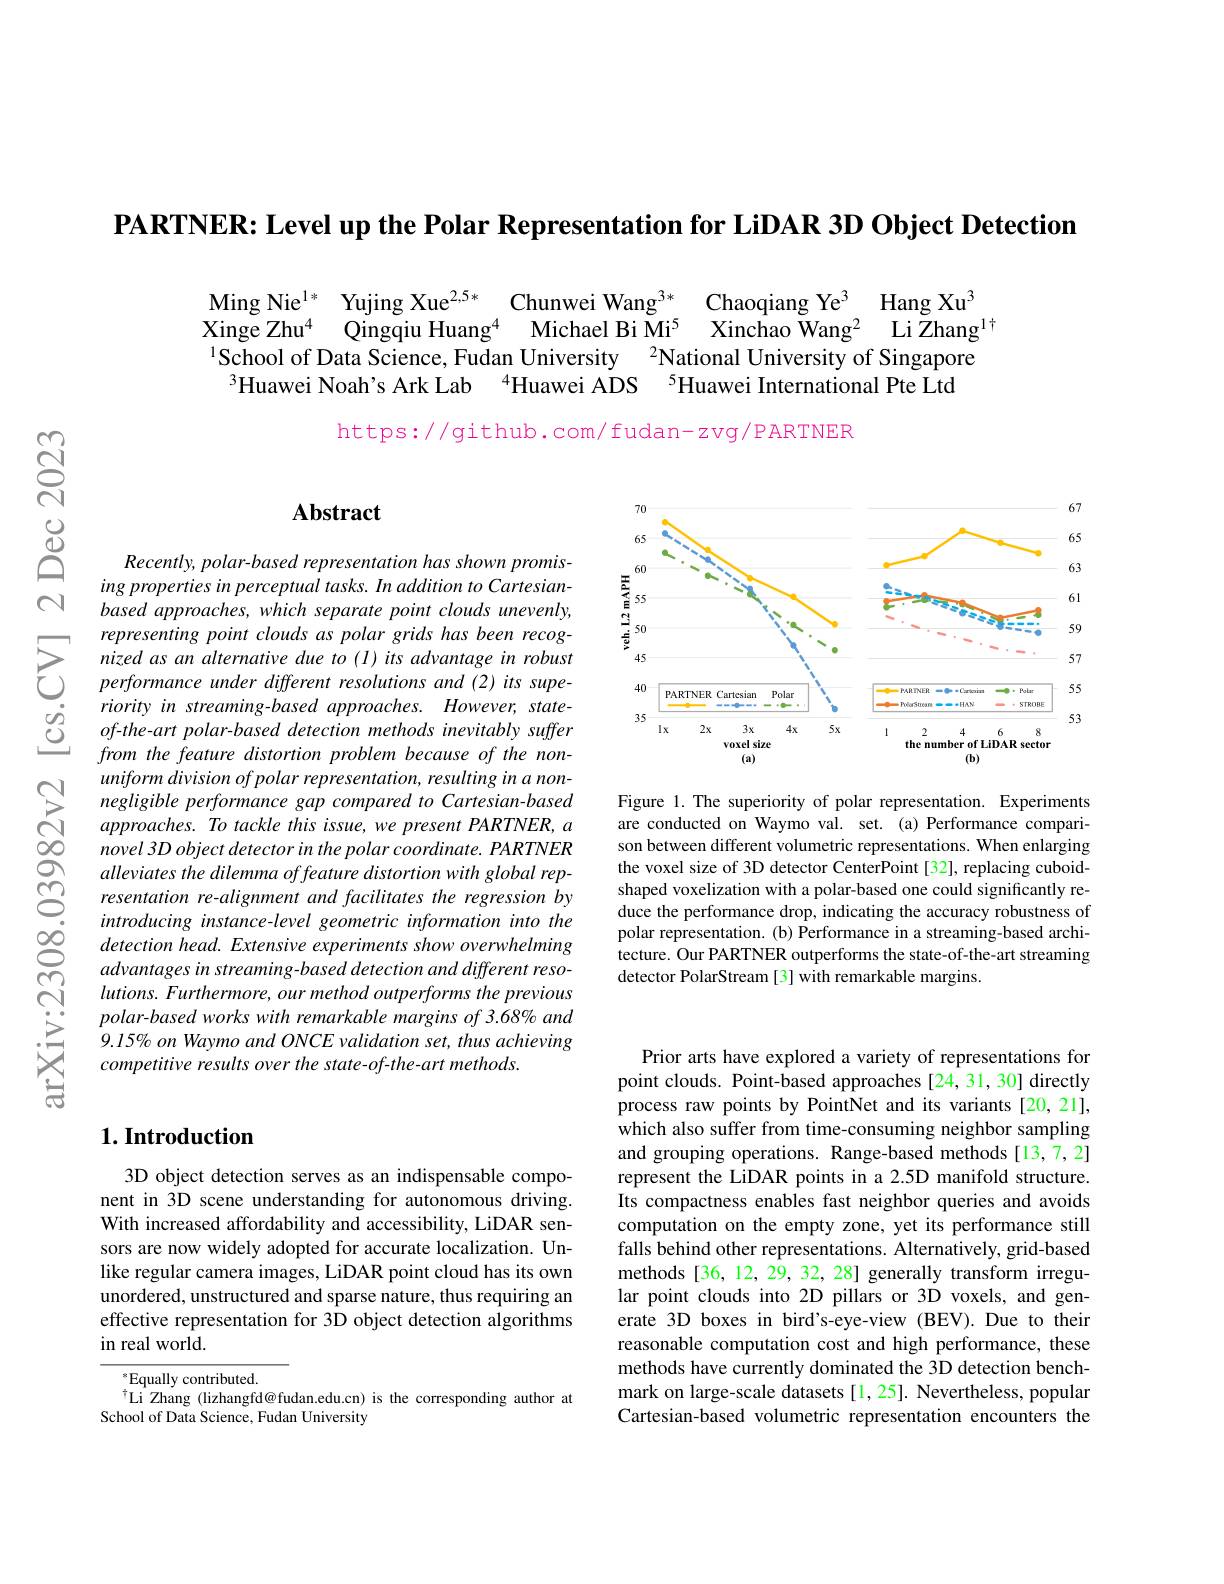
PARTNER: Level up the Polar Representation for LiDAR 3D Object Detection

Ming Nie$^{1*}$ Yujing Xue$^{2.5*}$ Chunwei Wang$^{3*}$ Chaoqiang Ye$^{3}$ Hang Xu$^{3}$Kinge Zhu$^{4}$ Qingqiu Huang$^{4}$ Michael Bi Mi$^{5}$ Xinchao Wang$^{2}$ Li Zhang$^{1\dagger}^{1}$School of Data Science, Fudan University $^{2}$National University o

https://qithub.com/fudan-zvq/PARTNER

### $\mathbf{Abstract}$

Recently, polar- based representation has shown promising properties in perceptual tasks. In addition to Cartesianbased approaches, which separate point clouds unevenly,
$\sum_{\begin{array}{cc}&\text{representing point clouds as polar grids has been recog-}\\&\text{nized as an alternative due to (I) its advantage in robust}\\&\text{performance under different resolutions and (2) its supe-}\\\end{array}}$
riority in streaming-based approaches. However, state- $of-the-artpolar-based$ detection methods inevitably suffer from the feature distortion problem because of the nonuniform division of polar representation, resulting in a nonnegligible performance gap compared to Cartesian-based approaches. To tackle this issue, we present PARTNER, a novel 3D object detector in the polar coordinate. PARTNER alleviates the dilemma offeature distortion with global representation re-alignment and facilitates the regression by introducing instance-level geometric information into the detection head. Extensive experiments show overwhelming advantages in streaming- based detection and different reso- $lutions.Furthermore,ourmethodoutperformstheprevious$ polar-based works with remarkable margins of 3.68% and 9.15% on Waymo and ONCE validation set, thus achieving competitive results over the state-of-the-art methods.

## $1. \textbf{Introduction}$

3D object detection serves as an indispensable component in 3D scene understanding for autonomous driving. With increased affordability and accessibility, LiDAR sensors are now widely adopted for accurate localization. Unlike regular camera images, LiDAR point cloud has its own unordered, unstructured and sparse nature, thus requiring an effective representation for 3D object detection algorithms in real world.

$^*$Equally contributed.
Li Zhang (lizhangfd@fudan.edu.cn) is the corresponding author at
School of Data Science, Fudan University

<FigureHere>

Figure 1. The superiority of polar representation. Experiments are conducted on Waymo val. set. (a) Performance comparison between different volumetric representations. When enlarging the voxel size of 3D detector CenterPoint [32], replacing cuboidshaped voxelization with a polar-based one could significantly reduce the performance drop, indicating the accuracy robustness of polar representation.(b) Performance in a streaming-based architecture. Our PARTNER outperforms the state-of-the-art streaming detector PolarStream [3] with remarkable margins.

Prior arts have explored a variety of representations for point clouds. Point-based approaches [24,31,30] directly process raw points by PointNet and its variants[20,21], which also suffer from time-consuming neighbor sampling and grouping operations. Range-based methods[13,7,2] represent the LiDAR points in a 2.5D manifold structure. Its compactness enables fast neighbor queries and avoids computation on the empty zone, yet its performance still falls behind other representations. Alternatively, grid-based methods [36, 12, 29, 32, 28] generally transform irregular point clouds into 2D pillars or 3D voxels, and generate 3D boxes in bird's-eye-view (BEV). Due to their reasonable computation cost and high performance, these methods have currently dominated the 3D detection benchmark on large-scale datasets [1,25]. Nevertheless, popular Cartesian-based volumetric representation encounters the